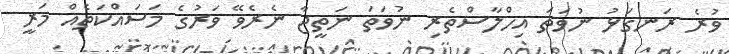
ވުރެ ރަނގަޅު ނުވަތަ އިހްލާސްތެރި ނުވަތަ ނަތީޖާ ނެރެވޭ ވަރުގެ މަސައްކަތެއް މަރީ